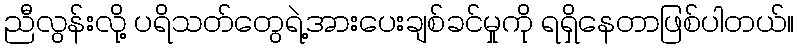
ညီလွန်းလို့ ပရိသတ်တွေရဲ့အားပေးချစ်ခင်မှုကို ရရှိနေတာဖြစ်ပါတယ်။